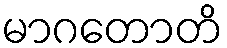
မာဂတောတိ